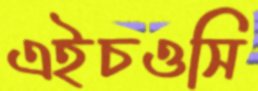
এইচওসি